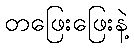
တဖြေးဖြေးနဲ့